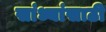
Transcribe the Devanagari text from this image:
सांध्यांसाठी